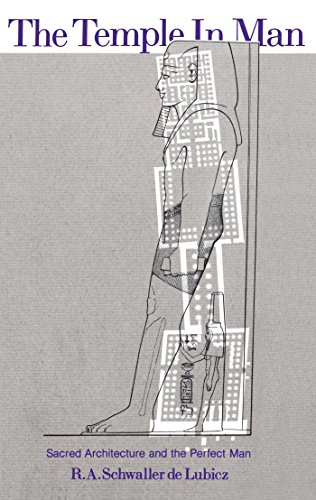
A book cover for The Temple in Man: Sacred Architecture and the Perfect Man; R. A. Schwaller de Lubicz; Religion & Spirituality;